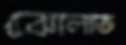
ঝোলাত